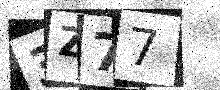
Text: 3Z77